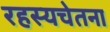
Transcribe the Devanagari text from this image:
रहस्यचेतना